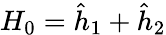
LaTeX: H_{0}={\hat{h}}_{1}+{\hat{h}}_{2}